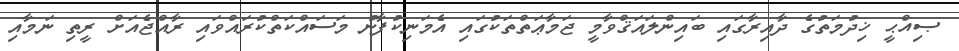
ޞިއްޙީ ޚިދުމަތުގެ ދާއިރާގައި ބައިންލައަޤްވާމީ ޖަމާޢަތްތަކުގައި އެމަނިކުފާނު މަސައްކަތްކުރައްވައި ރާއްޖެއަށް ރީތި ނަމާއި